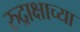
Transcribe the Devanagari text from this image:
रुद्राक्षाच्या